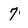
Character: 7